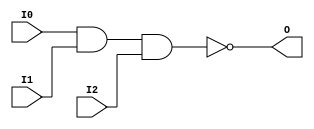
// $Header: /devl/xcs/repo/env/Databases/CAEInterfaces/verunilibs/s/NAND3.v,v 1.8 2003/01/21 01:55:29 wloo Exp $

/*

FUNCTION	: 3-INPUT NAND GATE

*/

`timescale  100 ps / 10 ps


module NAND3 (O, I0, I1, I2);

    output O;

    input  I0, I1, I2;

    nand A1 (O, I0, I1, I2);

    specify
	(I0 *> O) = (0, 0);
	(I1 *> O) = (0, 0);
	(I2 *> O) = (0, 0);
    endspecify

endmodule